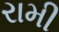
રામી